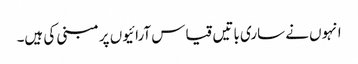
انہوں نے ساری باتیں قیاس آرائیوں پر مبنی کی ہیں۔